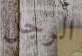
الرجل